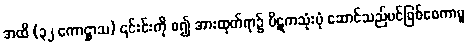
အထိ (၃၂ ကောဋ္ဌာသ) ၎င်းင်းကို စ၍ အားထုတ်ရာ၌ ပိဋကသုံးပုံ ဆောင်သည်ပင်ဖြစ်စေကာမူ